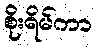
စိုးရိမ်ကာ